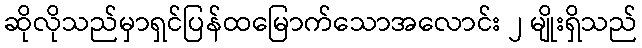
ဆိုလိုသည်မှာရှင်ပြန်ထမြောက်သောအလောင်း ၂ မျိုးရှိသည်